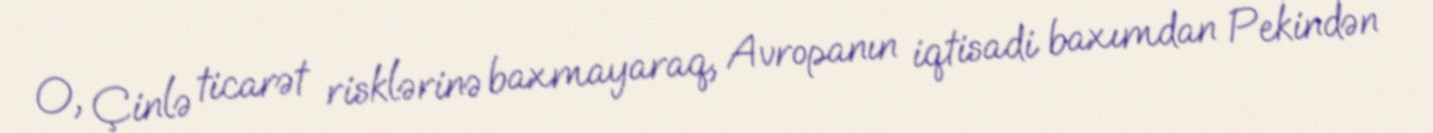
O, Çinlə ticarət risklərinə baxmayaraq, Avropanın iqtisadi baxımdan Pekindən